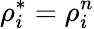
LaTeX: \rho_{i}^{*}=\rho_{i}^{n}